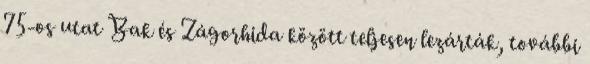
75-os utat Bak és Zágorhida között teljesen lezárták, további